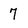
Character: 7